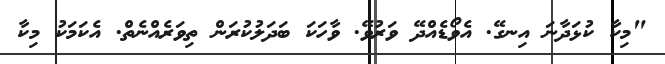
"މިކާ ކުޅަދާނަ އިނގޭ. އެވޯޑެއްދޭ ވަރުވޭ. ވާހަކަ ބަދަލުކުރަން ތިވަރެއްނެތް. އެކަމަކު މިކާ